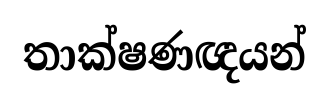
තාක්ෂණඥයන්